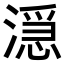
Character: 𬈬